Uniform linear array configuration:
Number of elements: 4
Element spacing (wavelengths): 0.75
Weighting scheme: exponential
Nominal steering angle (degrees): -45
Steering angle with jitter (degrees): -43.758
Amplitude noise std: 0.05
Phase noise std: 0.05

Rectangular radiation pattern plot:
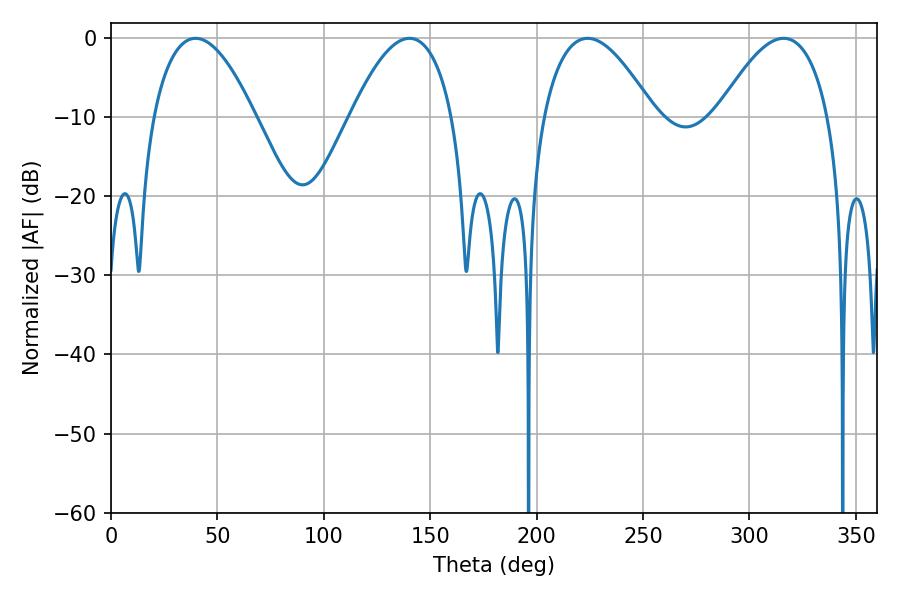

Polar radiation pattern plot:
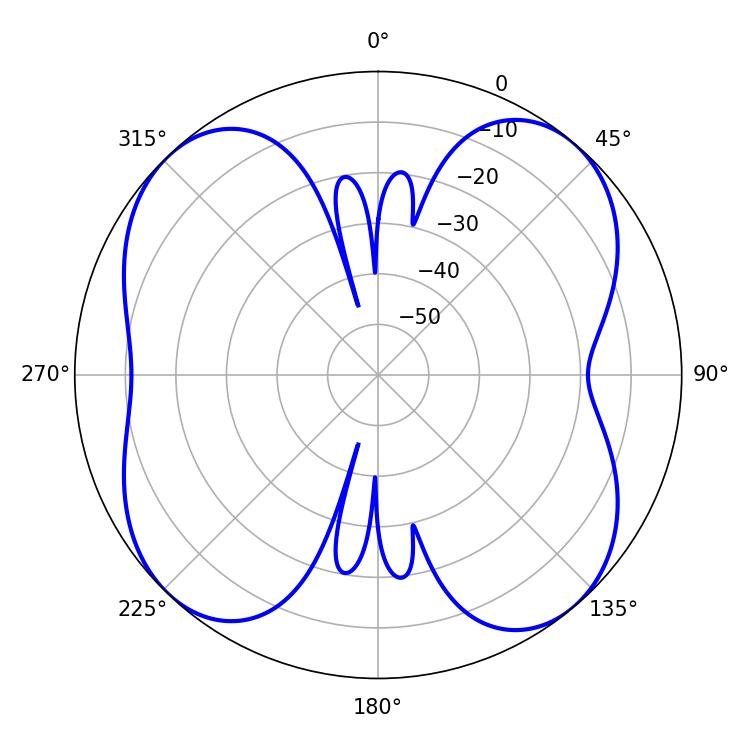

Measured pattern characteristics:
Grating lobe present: TRUE
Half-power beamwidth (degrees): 28.62
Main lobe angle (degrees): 223.92